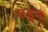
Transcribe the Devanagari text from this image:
सडून